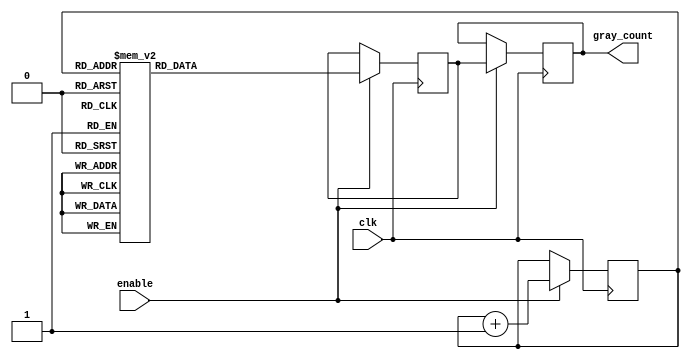
module gray_counter_clock_divider (
    input wire clk,
    input wire enable,
    output reg [3:0] gray_count
);

reg [3:0] gray_count_next;
reg [2:0] counter;

always @(posedge clk) begin
    if (enable) begin
        counter <= counter + 1;
        case(counter)
            3'd0: gray_count_next <= 4'b0001;
            3'd1: gray_count_next <= 4'b0011;
            3'd2: gray_count_next <= 4'b0010;
            3'd3: gray_count_next <= 4'b0110;
            3'd4: gray_count_next <= 4'b0111;
            3'd5: gray_count_next <= 4'b0101;
            3'd6: gray_count_next <= 4'b0100;
            3'd7: gray_count_next <= 4'b1100;
            3'd8: gray_count_next <= 4'b1101;
            3'd9: gray_count_next <= 4'b1111;
            3'd10: gray_count_next <= 4'b1110;
            3'd11: gray_count_next <= 4'b1010;
            3'd12: gray_count_next <= 4'b1011;
            3'd13: gray_count_next <= 4'b1001;
            3'd14: gray_count_next <= 4'b1000;
            default: gray_count_next <= 4'b0000;
        endcase
    end
end

always @(posedge clk) begin
    if (enable) begin
        gray_count <= gray_count_next;
    end
end

endmodule